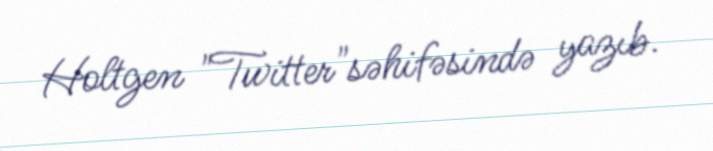
Holtgen "Twitter"səhifəsində yazıb.